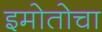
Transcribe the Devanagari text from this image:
इमोतोचा